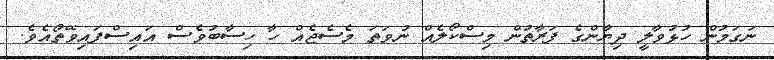
ނަގަމުން ހުޅުވާލީ ދިޔާންގެ ފަރާތުން މިސްކޯލެއް ނުވަތަ މެސެޖެއް ހާ ހިސާބުވެސް އައިސްފައިވޭތޯއެވެ.